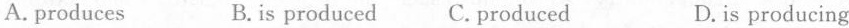
A.produces B.is produced C.produced D.is producing